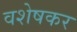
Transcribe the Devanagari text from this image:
वशेषकर